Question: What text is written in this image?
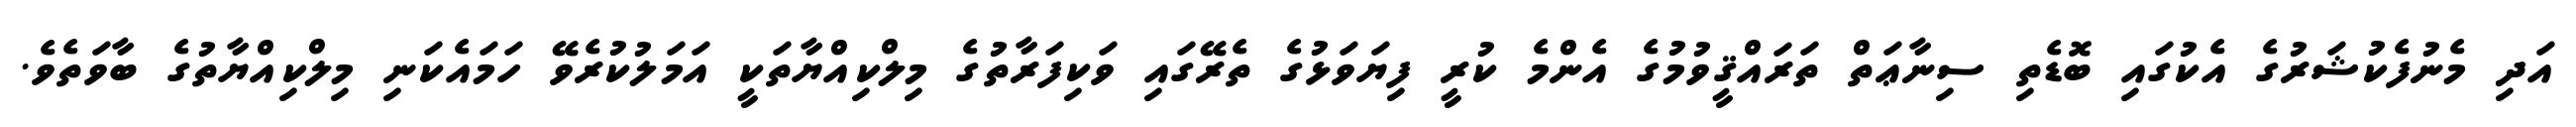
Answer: އަދި މެނުފެކުޝަރުގެ އެކުގައި ބޮޑެތި ސިނާޢަތް ތަރައްޤީވުމުގެ އެންމެ ކުރީ ފިޔަވަޅުގެ ތެރޭގައި ވަކިފަރާތުގެ މިލްކިއްޔާތަކީ އަމަލުކުރެވޭ ހަމައެކަނި މިލްކިއްޔާތުގެ ބާވަތެވެ.